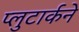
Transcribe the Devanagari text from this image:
प्लुटार्कने